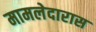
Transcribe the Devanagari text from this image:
मामलेदारास